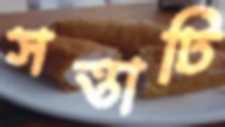
সত্তাটি